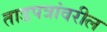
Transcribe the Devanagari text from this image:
ताडपत्रांवरील